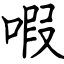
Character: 㗇